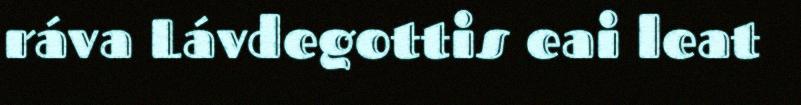
ráva Lávdegottis eai leat